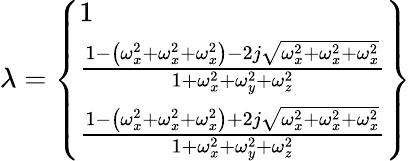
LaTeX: \lambda=\left\{ \begin{array}{l}{1}\\ {\frac{1-\left(\omega_{x}^{2}+\omega_{x}^{2}+\omega_{x}^{2}\right)-2j\sqrt{\omega_{x}^{2}+\omega_{x}^{2}+\omega_{x}^{2}}}{1+\omega_{x}^{2}+\omega_{y}^{2}+\omega_{z}^{2}}}\\ {\frac{1-\left(\omega_{x}^{2}+\omega_{x}^{2}+\omega_{x}^{2}\right)+2j\sqrt{\omega_{x}^{2}+\omega_{x}^{2}+\omega_{x}^{2}}}{1+\omega_{x}^{2}+\omega_{y}^{2}+\omega_{z}^{2}}}\end{array}\right\}